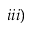
i i i )